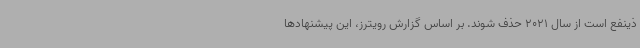
ذینفع است از سال 2021 حذف شوند. بر اساس گزارش رویترز، این پیشنهادها